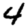
Digit: 4